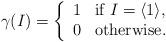
LaTeX: \begin{align*}\gamma(I) =\left\{\begin{array}{cl}1 & \mbox{if}\ I = \langle 1 \rangle, \\0 & \mbox{otherwise.}\end{array}\right.\end{align*}